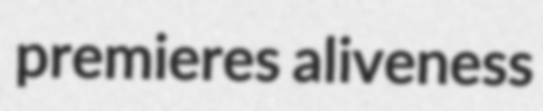
premieres aliveness